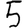
Digit: 5